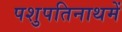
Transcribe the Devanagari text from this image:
पशुपतिनाथमें